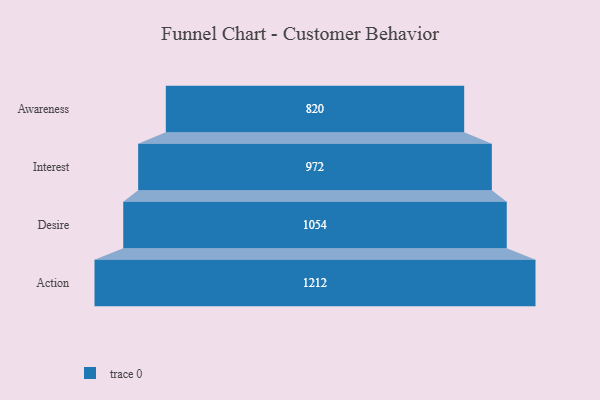
{"axis": {"x": "Stage", "y": "Value"}, "legend": [""], "data": [{"x": "Awareness", "y": 820.0, "type": ""}, {"x": "Interest", "y": 972.0, "type": ""}, {"x": "Desire", "y": 1054.0, "type": ""}, {"x": "Action", "y": 1212.0, "type": ""}]}